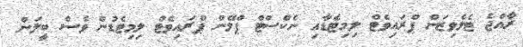
ރާއްޖެ ޓެލެވިޒަން ޕްރައިވެޓް ލިމިޓެޑާއި ނެކްސްޓް ޕްލޭން ޕްރައިވެޓް ލިމިޓެޑުން ވެސް ބީލަން